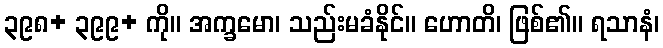
၃၉၈+ ၃၉၉+ ကို။ အက္ခမော၊ သည်းမခံနိုင်။ ဟောတိ၊ ဖြစ်၏။ ရသာနံ၊